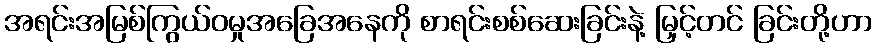
အရင်းအမြစ်ကြွယ်ဝမှုအခြေအနေကို စာရင်းစစ်ဆေးခြင်းနဲ့ မြှင့်တင် ခြင်းတို့ဟာ